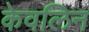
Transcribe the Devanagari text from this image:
केवलिन